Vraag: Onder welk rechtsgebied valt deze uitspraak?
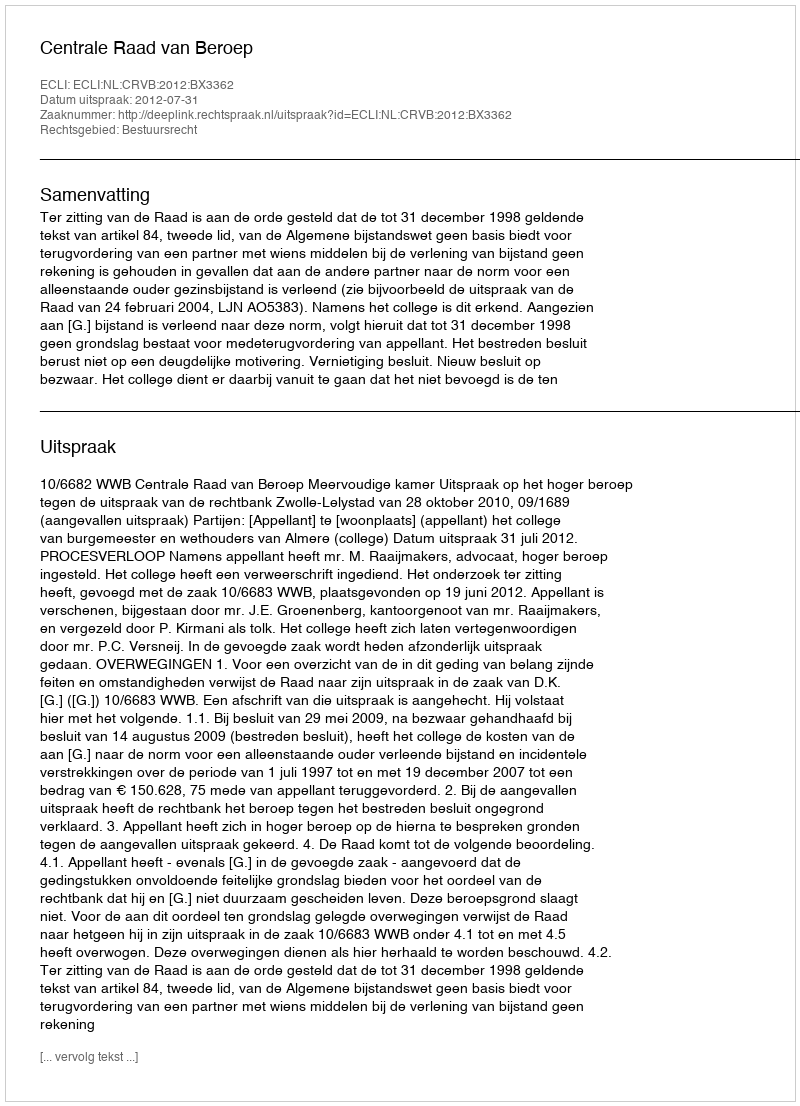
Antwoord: Bestuursrecht